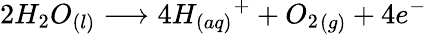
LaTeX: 2{H_{2}}O_{(l)}\longrightarrow 4H_{(aq)}{^{+}}+{O_{2}}_{(g)}+4e^{-}